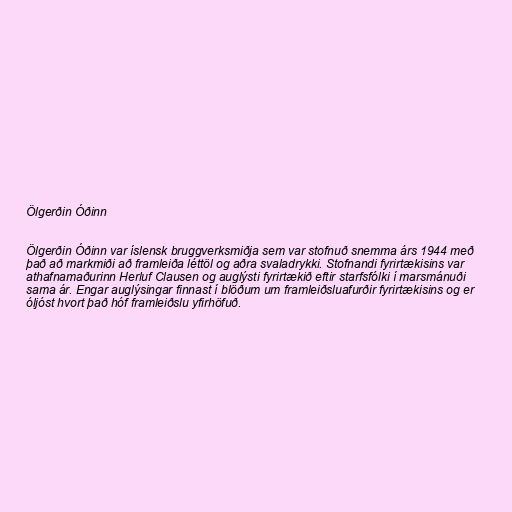
Ölgerðin Óðinn

Ölgerðin Óðinn var íslensk bruggverksmiðja sem var stofnuð snemma árs 1944 með
það að markmiði að framleiða léttöl og aðra svaladrykki. Stofnandi fyrirtækisins var
athafnamaðurinn Herluf Clausen og auglýsti fyrirtækið eftir starfsfólki í marsmánuði
sama ár. Engar auglýsingar finnast í blöðum um framleiðsluafurðir fyrirtækisins og er
óljóst hvort það hóf framleiðslu yfirhöfuð.